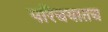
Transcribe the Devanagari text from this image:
परिचयातच